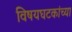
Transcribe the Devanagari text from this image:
विषयघटकांच्या